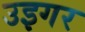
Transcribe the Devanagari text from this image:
उइगर